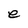
Character: e